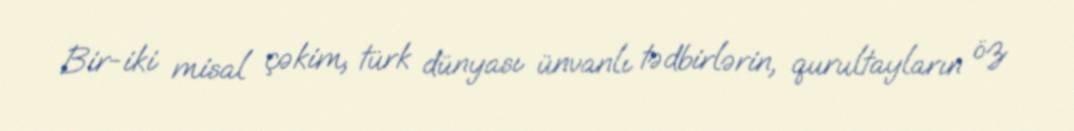
Bir-iki misal çəkim, türk dünyası ünvanlı tədbirlərin, qurultayların öz